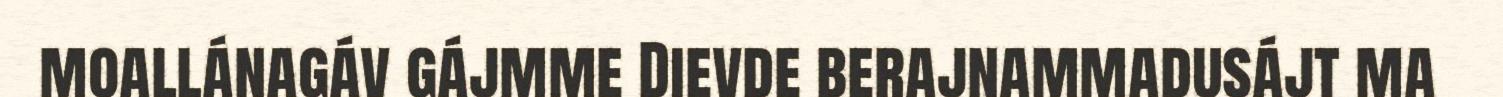
moallánagáv gájmme Dievde berajnammadusájt ma